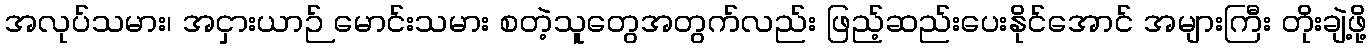
အလုပ်သမား၊ အငှားယာဉ် မောင်းသမား စတဲ့သူတွေအတွက်လည်း ဖြည့်ဆည်းပေးနိုင်အောင် အများကြီး တိုးချဲ့ဖို့